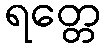
ရတ္တေ